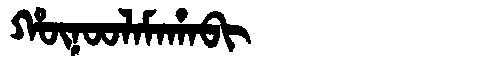
Manchu: ᡥᡡᠨᠣᠣᠯᠠᠮᠠᡥᠠᠪᡳ
Romanization: HŪNOOLAMAHABI